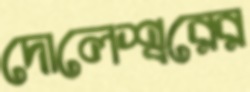
দোলেশ্বরের